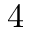
4